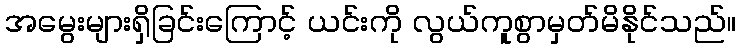
အမွေးများရှိခြင်းကြောင့် ယင်းကို လွယ်ကူစွာမှတ်မိနိုင်သည်။